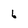
Character: 6